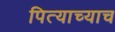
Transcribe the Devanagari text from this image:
पित्याच्याच